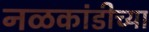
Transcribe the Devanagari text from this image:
नळकांडीच्या